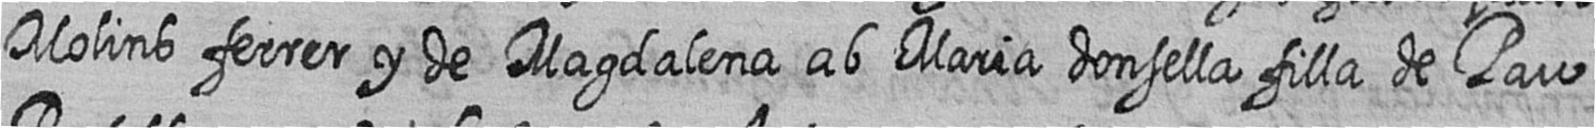
Molins ferrer y de Magdalena ab Maria donsella filla de Pau